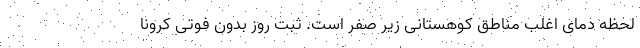
لحظه دمای اغلب مناطق کوهستانی زیر صفر است. ثبت روز بدون فوتی کرونا